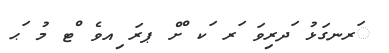
ަރނގަޅު ަދރިވަ ަރ ަކ ްށް ޕރަ ިއވެ ްޓ މު ަޙ